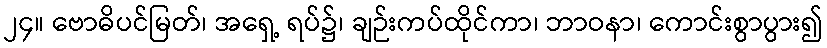
၂၄။ ဗောဓိပင်မြတ်၊ အရှေ့ ရပ်၌၊ ချဉ်းကပ်ထိုင်ကာ၊ ဘာဝနာ၊ ကောင်းစွာပွား၍